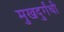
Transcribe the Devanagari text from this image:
मुखदुर्गंधी